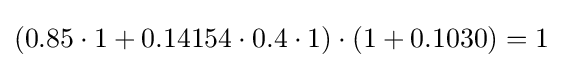
(0.85\cdot 1+0.14154\cdot 0.4\cdot 1)\cdot (1+0.1030)=1